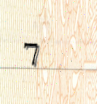
7